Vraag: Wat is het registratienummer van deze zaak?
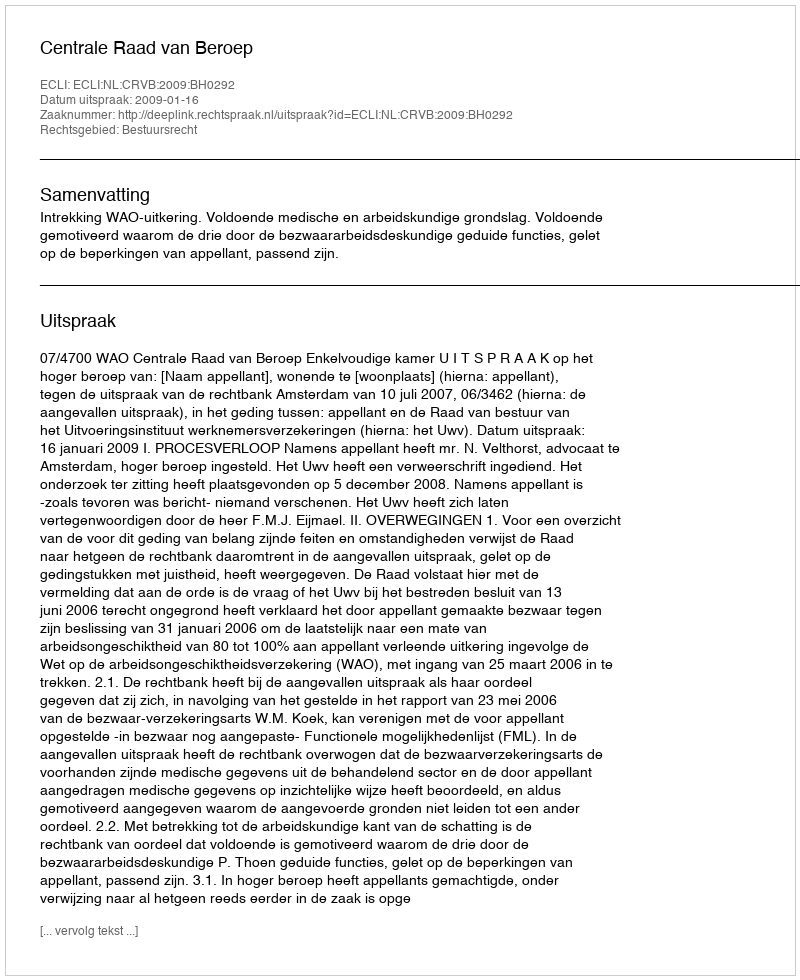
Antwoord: http://deeplink.rechtspraak.nl/uitspraak?id=ECLI:NL:CRVB:2009:BH0292